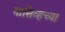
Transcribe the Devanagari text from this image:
मासिव्हच्या